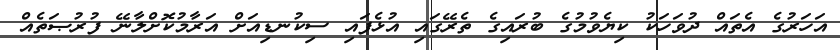
އަހަރުގެ އެތައް ދުވަހަކު ކިޔެވުމުގެ ބުރައިގެ ތެރޭގައި އުޅެފައި ސިކުނޑިއަށް އަރާމުކޮށްލާނޭ ފުރުޞަތެއް